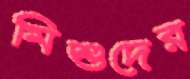
মিশুদের